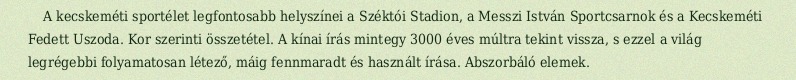
A kecskeméti sportélet legfontosabb helyszínei a Széktói Stadion, a Messzi István Sportcsarnok és a Kecskeméti Fedett Uszoda. Kor szerinti összetétel. A kínai írás mintegy 3000 éves múltra tekint vissza, s ezzel a világ legrégebbi folyamatosan létező, máig fennmaradt és használt írása. Abszorbáló elemek.